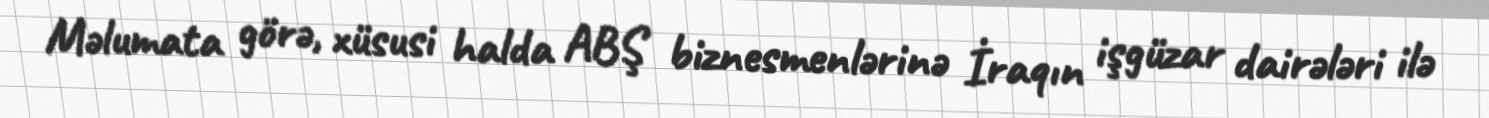
Məlumata görə, xüsusi halda ABŞ biznesmenlərinə İraqın işgüzar dairələri ilə